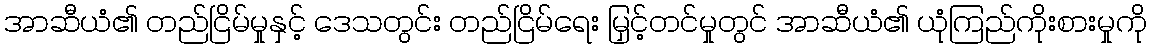
အာဆီယံ၏ တည်ငြိမ်မှုနှင့် ဒေသတွင်း တည်ငြိမ်ရေး မြှင့်တင်မှုတွင် အာဆီယံ၏ ယုံကြည်ကိုးစားမှုကို